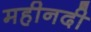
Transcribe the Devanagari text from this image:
महीनदी